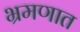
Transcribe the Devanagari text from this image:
भ्रमणात